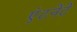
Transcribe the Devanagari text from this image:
एंटनेटे